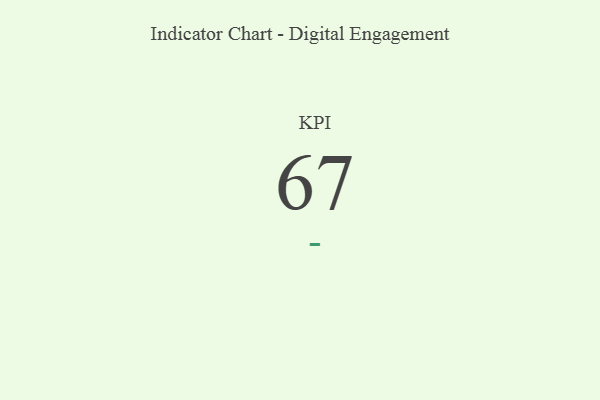
{"axis": {"x": "KPI", "y": "Value"}, "legend": [""], "data": [{"x": "KPI", "y": 67, "type": ""}]}